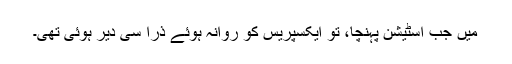
میں جب اسٹیشن پہنچا، تو ایکسپریس کو روانہ ہوئے ذرا سی دیر ہوئی تھی۔